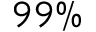
9 9 \%